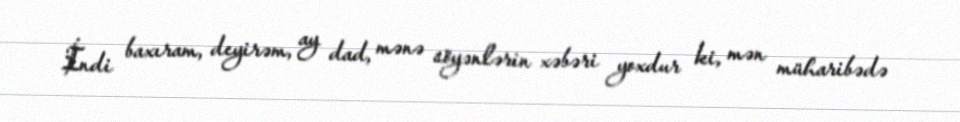
İndi baxıram, deyirəm, ay dad, mənə söyənlərin xəbəri yoxdur ki, mən müharibədə